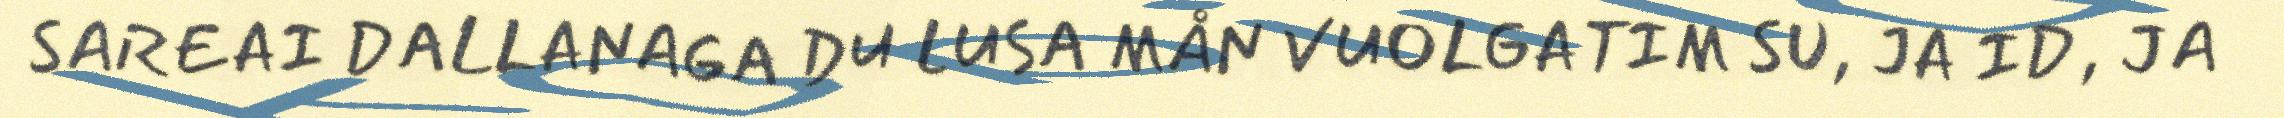
SAREAI DALLANAGA DU LUSA MÅN VUOLGATIM SU, JA ID, JA